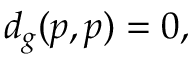
d _ { g } ( p , p ) = 0 ,